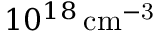
1 0 ^ { 1 8 } \, \mathrm { c m ^ { - 3 } }